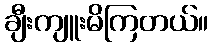
ချီးကျူးမိကြတယ်။